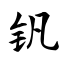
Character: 钒